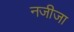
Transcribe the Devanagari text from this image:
नजीजा